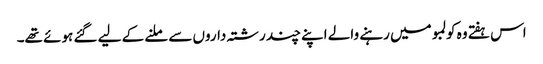
اس ہفتے وہ کولمبو میں رہنے والے اپنے چند رشتہ داروں سے ملنے کے لیے گئے ہوئے تھے۔